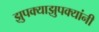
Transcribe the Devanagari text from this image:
झुपक्याझुपक्यांनी